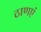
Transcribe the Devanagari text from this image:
ठाणएं